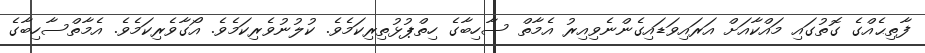
ފާތިޙެއްގެ ގޮތުގައި މައްކާއަށް އަރައިވަޑައިގެންނެވިއިރު އެމާތް ސާހިބާގެ ހިތްޕުޅުތިރިކަމެވެ. ކުލުނުވެރިކަމެވެ. އޯގާވެރިކަމެވެ. އެމާތްސާހިބާގެ